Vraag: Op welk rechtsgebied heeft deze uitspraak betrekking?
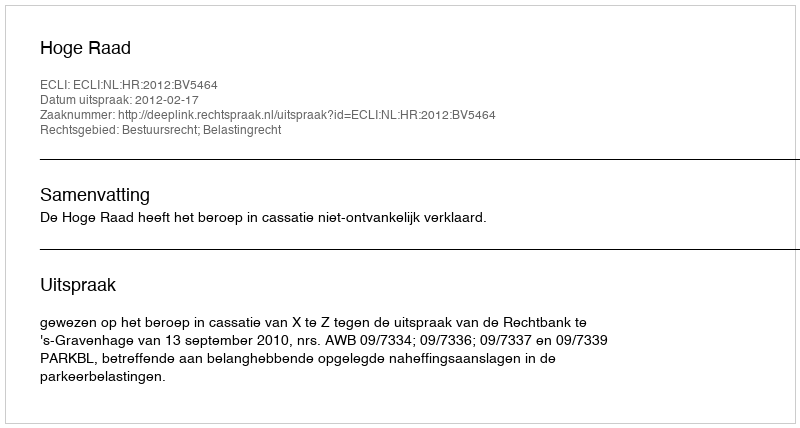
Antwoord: Bestuursrecht; Belastingrecht